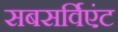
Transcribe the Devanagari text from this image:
सबसर्विएंट